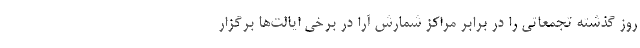
روز گذشته تجمعاتی را در برابر مراکز شمارش آرا در برخی ایالت‌ها برگزار